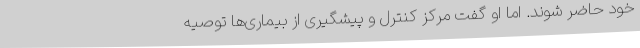
خود حاضر شوند. اما او گفت مرکز کنترل و پیشگیری از بیماری‌ها توصیه